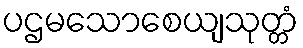
ပဌမသောစေယျသုတ္တံ